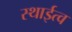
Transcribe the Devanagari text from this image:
स्थाईत्व